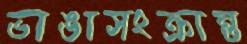
ভাঙাসংক্রান্ত